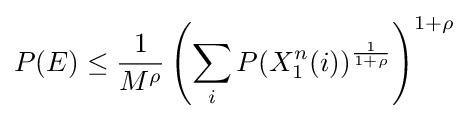
P(E)\leq {\frac {1}{M^{\rho }}}\left(\sum _{i}P(X_{1}^{n}(i))^{\frac {1}{1+\rho }}\right)^{1+\rho }